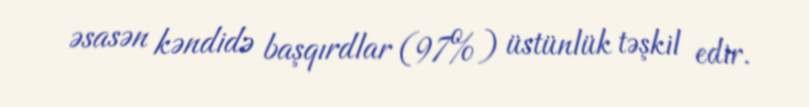
əsasən kəndidə başqırdlar (97%) üstünlük təşkil edir.